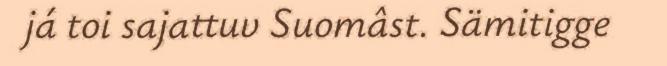
já toi sajattuv Suomâst. Sämitigge